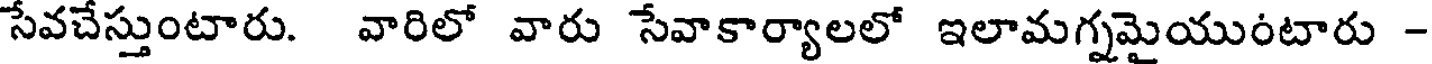
సేవచేస్తుంటారు. వారిలో వారు సేవాకార్యాలలో ఇలామగ్నమైయుంటారు -